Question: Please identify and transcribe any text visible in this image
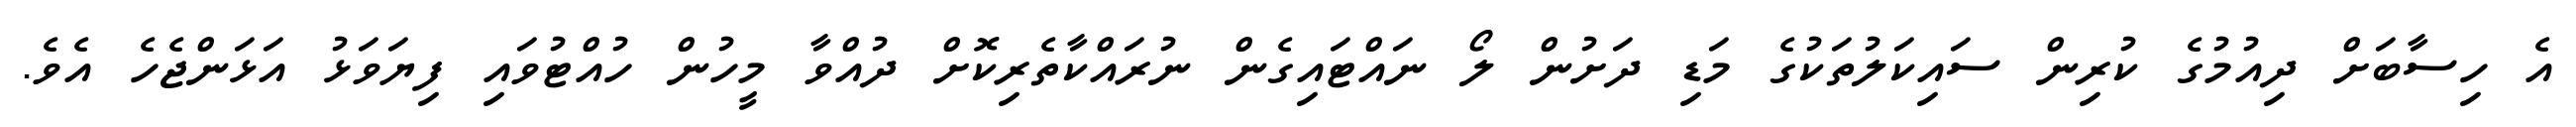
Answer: އެ ހިސާބަށް ދިއުމުގެ ކުރިން ސައިކަލުތަކުގެ މަޑި ދަށުން ލޯ ނައްޓައިގެން ނުރައްކާތެރިކޮށް ދުއްވާ މީހުން ހުއްޓުވައި ފިޔަވަޅު އަޅަންޖެހެ އެވެ.